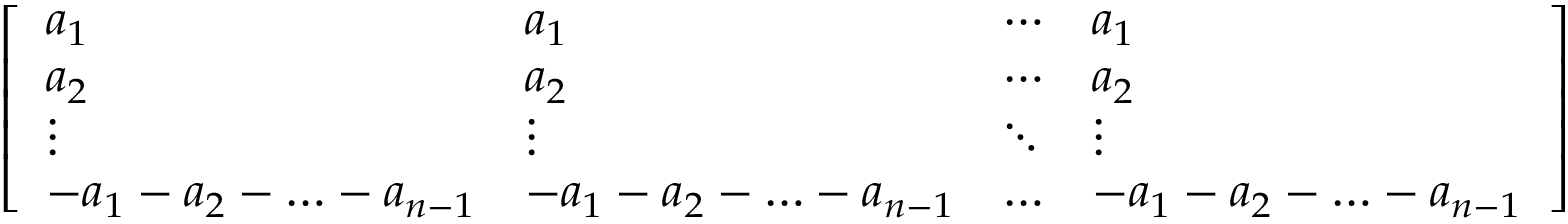
{ \left[ \begin{array} { l l l l } { a _ { 1 } } & { a _ { 1 } } & { \cdots } & { a _ { 1 } } \\ { a _ { 2 } } & { a _ { 2 } } & { \cdots } & { a _ { 2 } } \\ { \vdots } & { \vdots } & { \ddots } & { \vdots } \\ { - a _ { 1 } - a _ { 2 } - \ldots - a _ { n - 1 } } & { - a _ { 1 } - a _ { 2 } - \ldots - a _ { n - 1 } } & { \ldots } & { - a _ { 1 } - a _ { 2 } - \ldots - a _ { n - 1 } } \end{array} \right] }